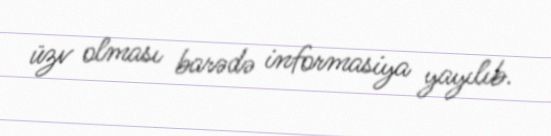
üzv olması barədə informasiya yayılıb.